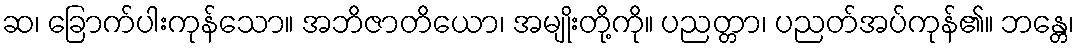
ဆ၊ ခြောက်ပါးကုန်သော။ အဘိဇာတိယော၊ အမျိုးတို့ကို။ ပညတ္တာ၊ ပညတ်အပ်ကုန်၏။ ဘန္တေ၊